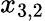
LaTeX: x_{3,2}